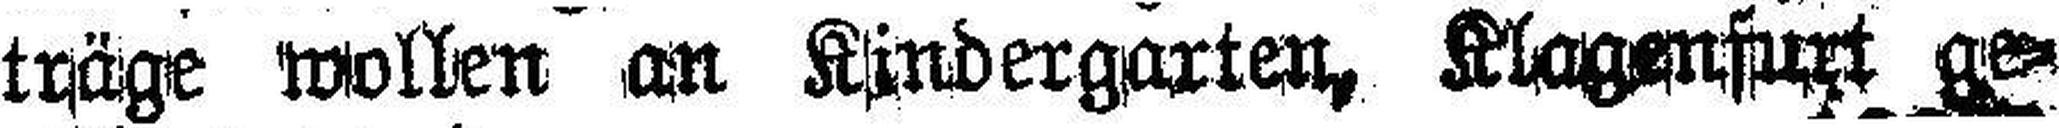
träge wollen an Kindergarten, Klagenfurt ge¬